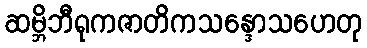
ဆမ္ဘိဘီရုကဇာတိကသန္ဒောသဟေတု